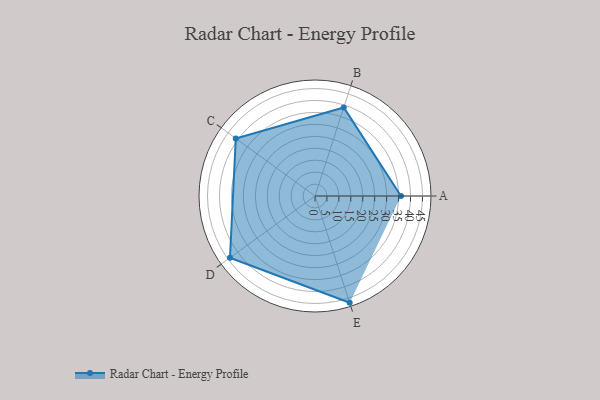
{"axis": {"x": "Skill", "y": "Score"}, "legend": ["Profile"], "data": [{"x": "A", "y": 36.0, "type": "Profile"}, {"x": "B", "y": 39.0, "type": "Profile"}, {"x": "C", "y": 41.0, "type": "Profile"}, {"x": "D", "y": 44.0, "type": "Profile"}, {"x": "E", "y": 47.0, "type": "Profile"}]}